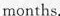
months.